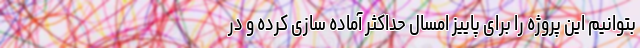
بتوانیم این پروژه را برای پاییز امسال حداکثر آماده سازی کرده و در